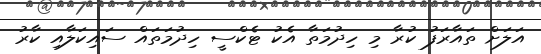
އަލަށް ތައާރަފު ކުރާ މި ހިދުމަތާ އެކު ޓެކްސީ ހިދުމަތައް ސައިކަލާއި ކާރު